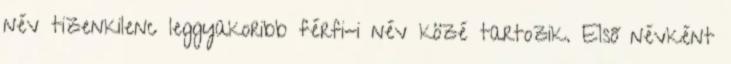
név tizenkilenc leggyakoribb férfi-i név közé tartozik. Első névként